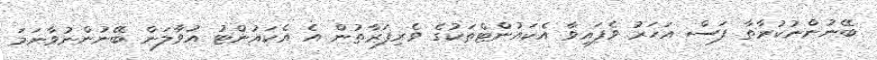
ބޭނުންނުކުރާތާ ފަސް އަހަރު ވެފައިވާ އެކައުންޓްތަކުގެ ވެރިފަރާތުން އެ އެކައުންޓު އުވާލަން ބޭނުންނުވާނަަމަ